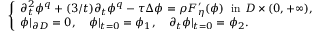
\begin{array} { r } { \left\{ \begin{array} { l l } { \partial _ { t } ^ { 2 } \phi ^ { q } + ( 3 / t ) \partial _ { t } \phi ^ { q } - \tau \Delta \phi = \rho F _ { \eta } ^ { \prime } ( \phi ) \ \mathrm { ~ i n ~ } D \times ( 0 , + \infty ) , } \\ { \phi | _ { \partial D } = 0 , \quad \phi | _ { t = 0 } = \phi _ { 1 } , \quad \partial _ { t } \phi | _ { t = 0 } = \phi _ { 2 } . } \end{array} \right. } \end{array}